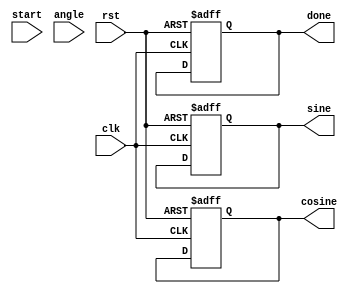
module cordic_rotational (
    input wire clk,
    input wire rst,
    input wire start,
    input wire signed [15:0] angle,        // Input angle in fixed-point format
    output reg signed [15:0] sine,         // Output sine value
    output reg signed [15:0] cosine,       // Output cosine value
    output reg done                         // Done signal
);

    // CORDIC parameters
    parameter NUM_ITERATIONS = 16;         // Number of iterations
    parameter FIXED_POINT_FRACTIONAL_BITS = 15; // Number of fractional bits
    
    reg signed [15:0] x [0:NUM_ITERATIONS-1]; // X values
    reg signed [15:0] y [0:NUM_ITERATIONS-1]; // Y values
    reg signed [15:0] z [0:NUM_ITERATIONS-1]; // Angle values
    reg [3:0] iteration;                     // Iteration counter
    reg [NUM_ITERATIONS-1:0] d;              // Direction control
    reg signed [15:0] atan_table [0:NUM_ITERATIONS-1]; // Arctangent lookup table

    // Initial values
    initial begin
        atan_table[0] = 16'h2000; // atan(2^-0) = /4
        atan_table[1] = 16'h1000; // atan(2^-1)
        atan_table[2] = 16'h0800; // atan(2^-2)
        atan_table[3] = 16'h0400; // atan(2^-3)
        // Fill the rest of the table...
        atan_table[4] = 16'h0200;
        atan_table[5] = 16'h0100;
        atan_table[6] = 16'h0080;
        atan_table[7] = 16'h0040;
        atan_table[8] = 16'h0020;
        atan_table[9] = 16'h0010;
        atan_table[10] = 16'h0008;
        atan_table[11] = 16'h0004;
        atan_table[12] = 16'h0002;
        atan_table[13] = 16'h0001;
        atan_table[14] = 16'h0000;
        atan_table[15] = 16'h0000;
    end

    // Control unit
    always @(posedge clk or posedge rst) begin
        if (rst) begin
            iteration <= 0;
            sine <= 0;
            cosine <= 0;
            done <= 0;
            x[0] <= 16'h4000; // Initial X = 1.0 (fixed point)
            y[0] <= 16'h0000; // Initial Y = 0.0
            z[0] <= angle;    // Load angle
        end else if (start && iteration < NUM_ITERATIONS) begin
            // Determine the direction
            if (z[iteration] < 0) begin
                d[iteration] <= 1; // Rotate counterclockwise
                z[iteration + 1] <= z[iteration] + atan_table[iteration];
            end else begin
                d[iteration] <= 0; // Rotate clockwise
                z[iteration + 1] <= z[iteration] - atan_table[iteration];
            end

            // CORDIC rotation logic
            if (d[iteration]) begin
                x[iteration + 1] <= x[iteration] + (y[iteration] >>> iteration);
                y[iteration + 1] <= y[iteration] - (x[iteration] >>> iteration);
            end else begin
                x[iteration + 1] <= x[iteration] - (y[iteration] >>> iteration);
                y[iteration + 1] <= y[iteration] + (x[iteration] >>> iteration);
            end

            iteration <= iteration + 1;
        end else if (iteration == NUM_ITERATIONS) begin
            sine <= y[NUM_ITERATIONS];
            cosine <= x[NUM_ITERATIONS];
            done <= 1;
        end
    end
endmodule